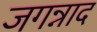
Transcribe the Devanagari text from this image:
जगन्नाद